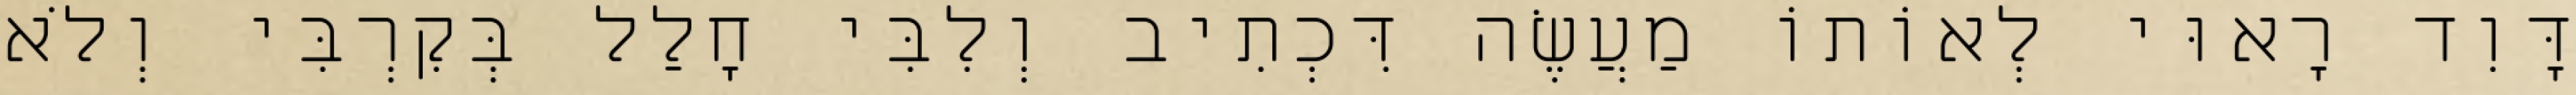
דָּוִד רָאוּי לְאוֹתוֹ מַעֲשֶׂה דִּכְתִיב וְלִבִּי חָלַל בְּקִרְבִּי וְלֹא